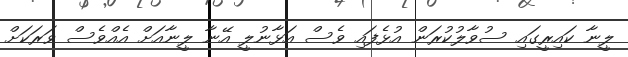
ލީނާ ކައިރީގައި ސުވާލުކުރަން އުޅެފައި ވެސް އަޅާނުލީ އޭނާ ލީނާއަށް އެއްވެސް ވަރަކަށް